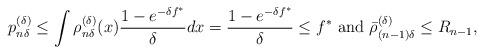
LaTeX: \begin{align*}p^{(\delta)}_{n\delta} \le \int \rho^{(\delta)}_{n\delta}(x) \frac{1-e^{-\delta f^*}}{\delta} dx=\frac{1-e^{-\delta f^*}}{\delta} \le f^* \mbox{ and } \bar \rho_{(n-1) \delta }^{(\delta)} \le R_{n-1},\end{align*}